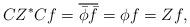
LaTeX: \begin{align*}CZ^\ast Cf=\overline{\bar\phi\bar f}=\phi f=Zf,\end{align*}